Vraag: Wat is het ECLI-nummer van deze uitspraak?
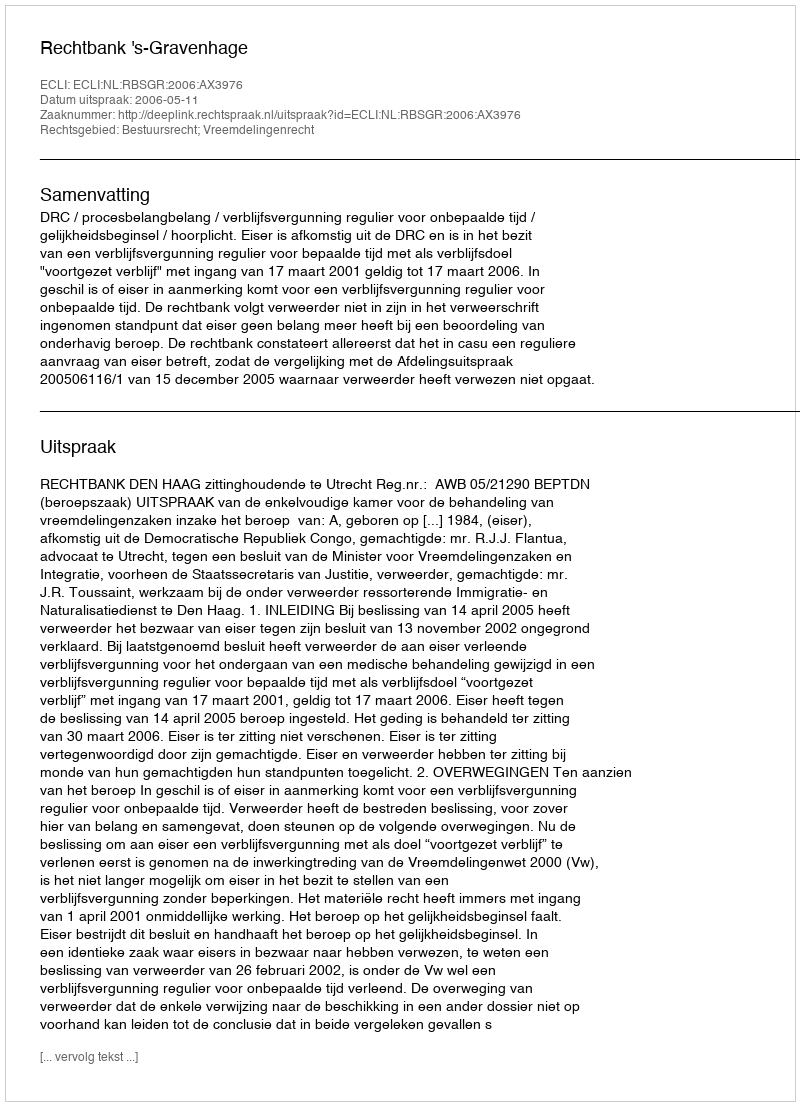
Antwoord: ECLI:NL:RBSGR:2006:AX3976